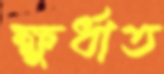
ক্ষুর্ধাত